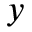
y